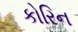
કોરિન